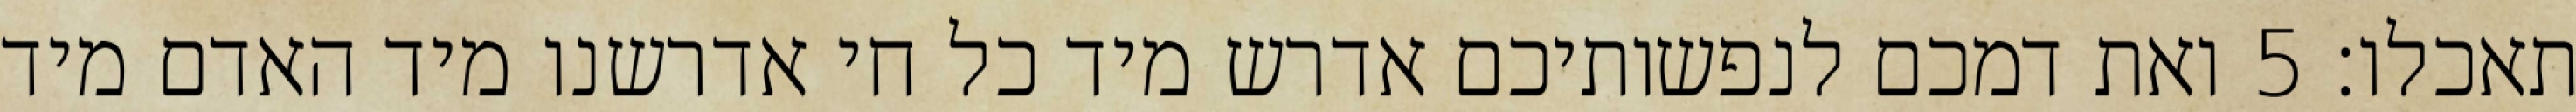
תאכלו׃ ‎5‏ ואת דמכם לנפשותיכם אדרש מיד כל חי אדרשנו מיד האדם מיד